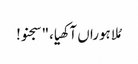
مُلا ہوراں آکھیا،"سجنو!